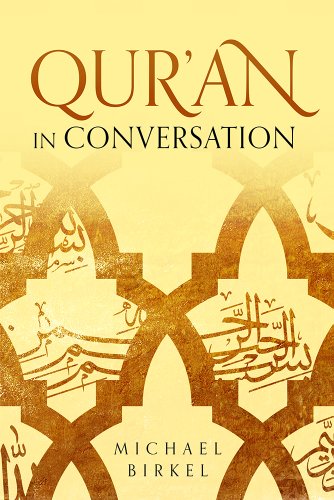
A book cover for Qur'an in Conversation; Michael Birkel; Religion & Spirituality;